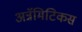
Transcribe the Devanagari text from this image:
अन्नॅमिटिकस